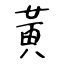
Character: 黃